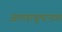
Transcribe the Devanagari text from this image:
जलवायुमानात